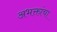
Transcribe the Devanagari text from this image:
अभक्तांचा